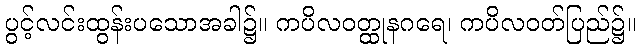
ပွင့်လင်းထွန်းပသောအခါ၌။ ကပိလဝတ္ထုနဂရေ၊ ကပိလဝတ်ပြည်၌။